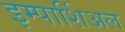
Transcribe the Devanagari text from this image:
इम्पार्शिअल